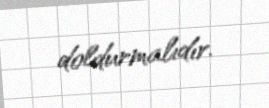
doldurmalıdır.